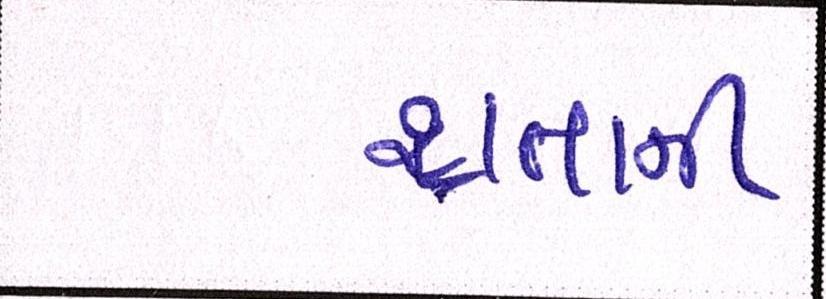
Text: થતાની